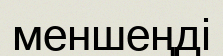
меншеңді